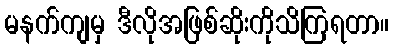
မနက်ကျမှ ဒီလိုအဖြစ်ဆိုးကိုသိကြရတာ။